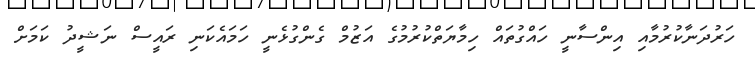
ހަރުދަނާކުރުމާއި އިންސާނީ ހައްގުތައް ހިމާޔަތްކުރުމުގެ އަޒުމް ގެންގުޅެނީ ހަމައެކަނި ރައީސް ނަޝީދު ކަމަށް